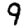
Digit: 9